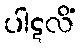
ပါဋလိံ